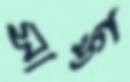
সাঙ্গ